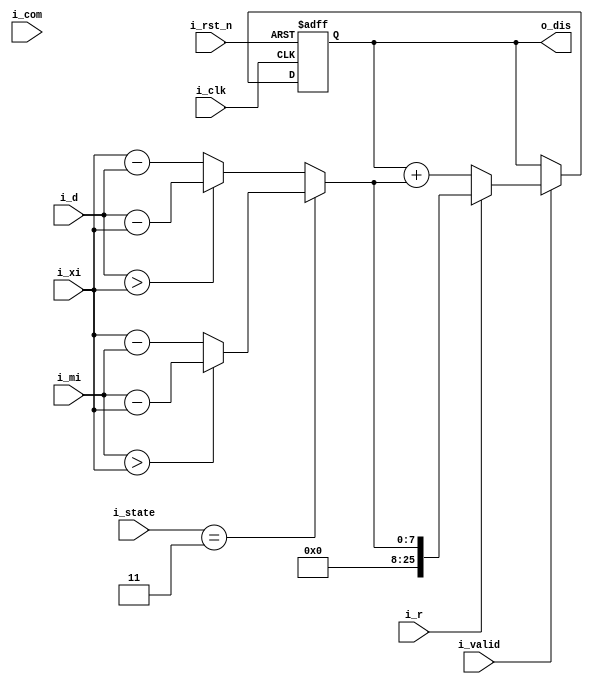
module discal(
	i_clk,
	i_rst_n,
	i_d,
	i_mi,
	i_xi,
	i_r,
	i_com,
	o_dis,
	i_valid,
	i_state
);

input i_clk;
input i_rst_n;

input[7:0] i_d;
input[7:0] i_mi;
input[7:0] i_xi;

input i_r;
input i_com;

output[25:0] o_dis;
input i_valid;
input[1:0] i_state;
//reg
reg[25:0] sum_r,sum_w;

//lvalue
reg[7:0] sub;

assign o_dis = sum_r;

always@(*) begin
	if(i_state == 3) begin
		sub = i_mi > i_xi ? i_mi - i_xi : i_xi - i_mi;
	end
	else begin
		sub = i_d > i_xi ? i_d - i_xi : i_xi - i_d;
	end

	if(i_valid)
		sum_w = i_r ? sub : sum_r + sub;
	else
		sum_w = sum_r;

end

always@(posedge i_clk or negedge i_rst_n) begin
	if(~i_rst_n) begin
		sum_r <= 0;
	end
	else begin
		sum_r <= sum_w;
	end
end
endmodule